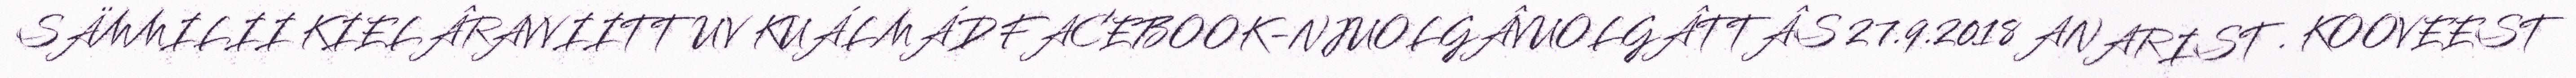
SÄMMILII KIELÂRAVVIITTUV KUÁLMÁD FACEBOOK-NJUOLGÂVUOLGÂTTÂS 27.9.2018 ANARIST . KOOVEEST